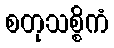
စတုသစ္စိကံ